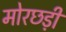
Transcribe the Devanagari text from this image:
मोरछड़ी